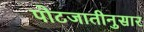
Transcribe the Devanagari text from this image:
पोटजातीनुसार